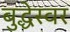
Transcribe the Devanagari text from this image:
बुद्धेस्वर